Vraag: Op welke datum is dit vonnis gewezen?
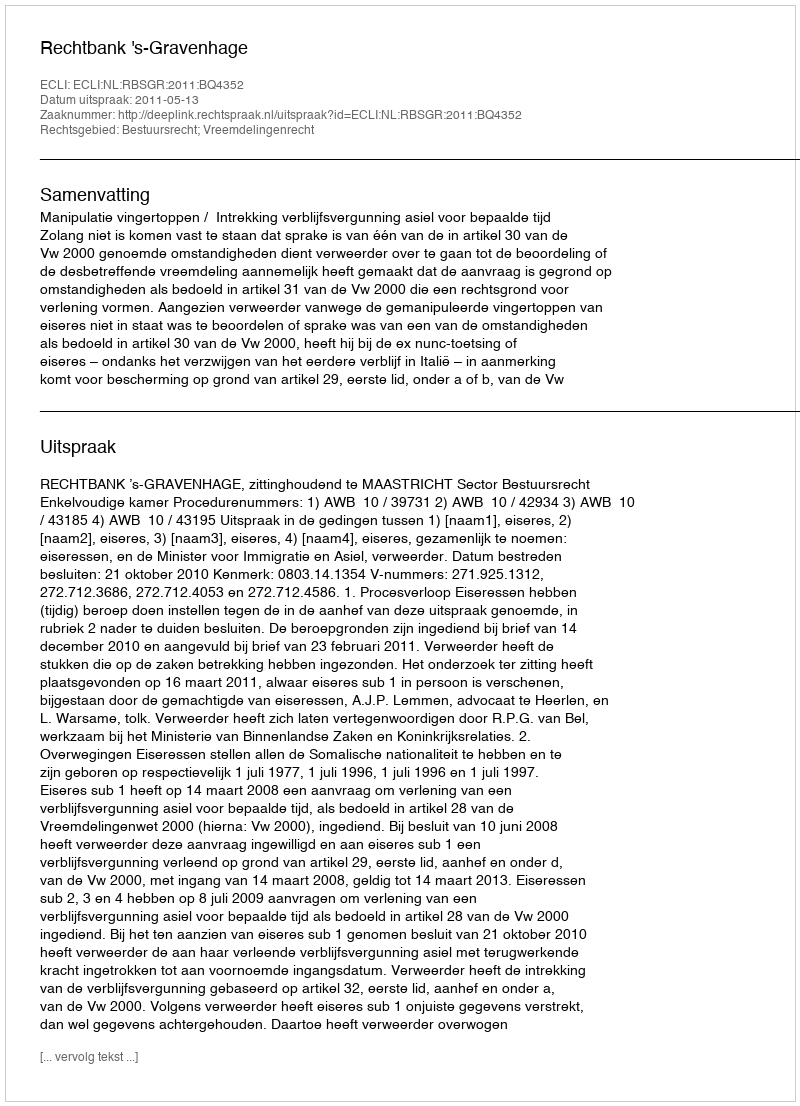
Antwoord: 2011-05-13